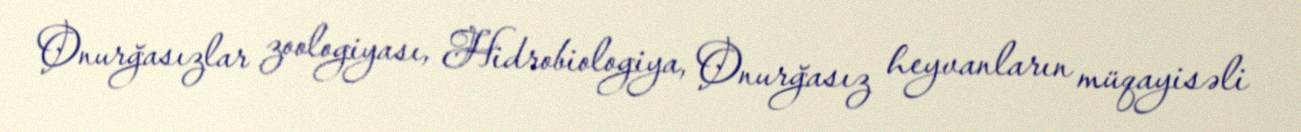
Onurğasızlar zoologiyası, Hidrobiologiya, Onurğasız heyvanların müqayisəli